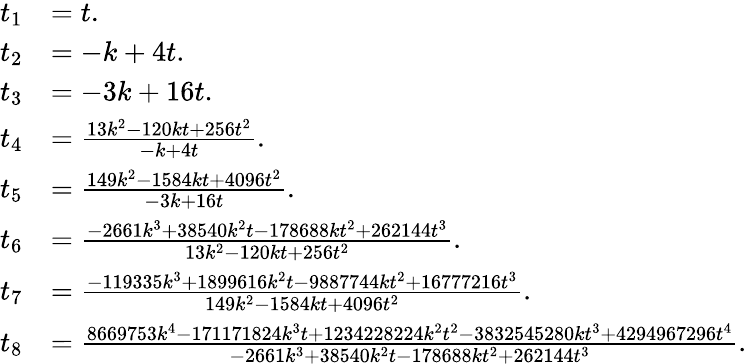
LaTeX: \begin{array}{rl}{t_{1}}&{=t.}\\ {t_{2}}&{=-k+4t.}\\ {t_{3}}&{=-3k+16t.}\\ {t_{4}}&{=\frac{13k^{2}-120kt+256t^{2}}{-k+4t}.}\\ {t_{5}}&{=\frac{149k^{2}-1584kt+4096t^{2}}{-3k+16t}.}\\ {t_{6}}&{=\frac{-2661k^{3}+38540k^{2}t-178688kt^{2}+262144t^{3}}{13k^{2}-120kt+256t^{2}}.}\\ {t_{7}}&{=\frac{-119335k^{3}+1899616k^{2}t-9887744kt^{2}+16777216t^{3}}{149k^{2}-1584kt+4096t^{2}}.}\\ {t_{8}}&{=\frac{8669753k^{4}-171171824k^{3}t+1234228224k^{2}t^{2}-3832545280kt^{3}+4294967296t^{4}}{-2661k^{3}+38540k^{2}t-178688kt^{2}+262144t^{3}}.}\end{array}